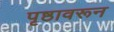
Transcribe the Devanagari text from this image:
पृष्ठावरून